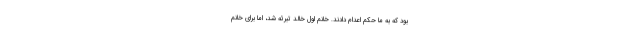
بود که به ما حکم اعدام دادند. خانم اول خالد تبرئه شد، اما برای خانم